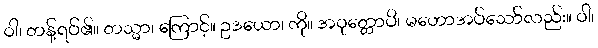
ဝါ၊ တန့်ရပ်၏။ တသ္မာ၊ ကြောင့်။ ဥဒယော၊ ကို။ အဝုတ္တောပိ၊ မဟောအပ်သော်လည်း။ ဝါ၊